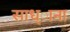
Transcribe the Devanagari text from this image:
साध्ाना